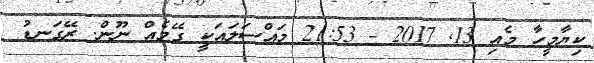
ކިޔާމީހާ މެއި 13